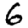
Digit: 6